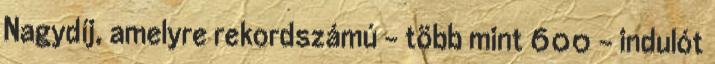
Nagydíj, amelyre rekordszámú - több mint 600 - indulót